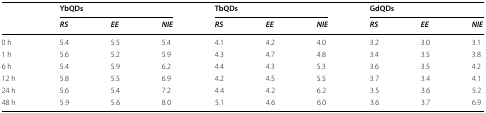
| <ROWSPAN=2>  | <COLSPAN=3> YbQDs | <COLSPAN=3> TbQDs | <COLSPAN=3> GdQDs |
 | RS | EE | NIE | RS | EE | NIE | RS | EE | NIE |
 | --- | --- | --- | --- | --- | --- | --- | --- | --- | --- |
 | 0 h | 5.4 | 5.5 | 5.4 | 4.1 | 4.2 | 4.0 | 3.2 | 3.0 | 3.1 |
 | 1 h | 5.6 | 5.2 | 5.9 | 4.3 | 4.7 | 4.8 | 3.4 | 3.5 | 3.8 |
 | 6 h | 5.4 | 5.9 | 6.2 | 4.4 | 4.3 | 5.3 | 3.6 | 3.5 | 4.2 |
 | 12 h | 5.8 | 5.5 | 6.9 | 4.2 | 4.5 | 5.5 | 3.7 | 3.4 | 4.1 |
 | 24 h | 5.6 | 5.4 | 7.2 | 4.4 | 4.2 | 6.2 | 3.5 | 3.6 | 5.2 |
 | 48 h | 5.9 | 5.6 | 8.0 | 5.1 | 4.6 | 6.0 | 3.6 | 3.7 | 6.9 |